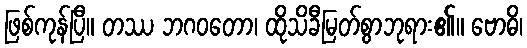
ဖြစ်ကုန်ပြီ။ တဿ ဘဂဝတော၊ ထိုသိခီမြတ်စွာဘုရား၏။ ဗောဓိ၊